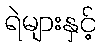
ရဲများနှင့်